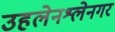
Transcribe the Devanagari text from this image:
उहलेनश्लेनगर